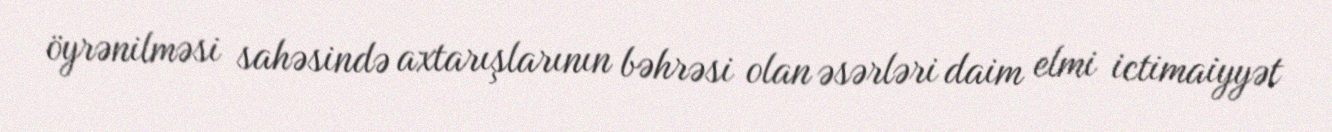
öyrənilməsi sahəsində axtarışlarının bəhrəsi olan əsərləri daim elmi ictimaiyyət